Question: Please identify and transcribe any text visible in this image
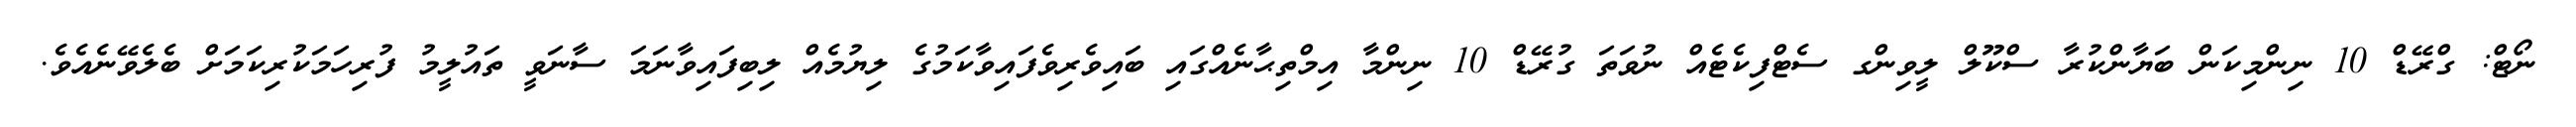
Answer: ނޯޓް: ގްރޭޑް 10 ނިންމިކަން ބަޔާންކުރާ ސްކޫލް ލީވިންގ ސެޓްފިކެޓެއް ނުވަތަ ގުރޭޑް 10 ނިންމާ އިމްތިޙާނެއްގައި ބައިވެރިވެފައިވާކަމުގެ ލިޔުމެއް ލިބިފައިވާނަމަ ސާނަވީ ތައުލީމު ފުރިހަމަކުރިކަމަށް ބެލެވޭނެއެވެ.